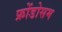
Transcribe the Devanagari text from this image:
फ्रोंडोसम